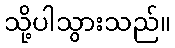
သို့ပါသွားသည်။